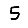
Digit: 5